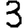
Digit: 3